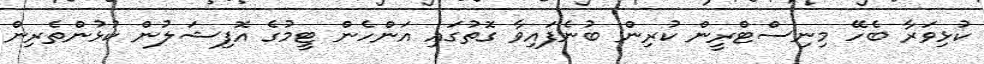
ކުޅިވަރާ ބެހޭ މިނިސްޓްރީން ކުރިން ބުނެފައިވާ ގޮތުގައި އަންހެން ޓީމުގެ އޮފިޝަލުން ކުޅުންތެރިން